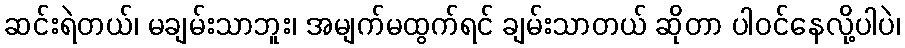
ဆင်းရဲတယ်၊ မချမ်းသာဘူး၊ အမျက်မထွက်ရင် ချမ်းသာတယ် ဆိုတာ ပါဝင်နေလို့ပါပဲ၊